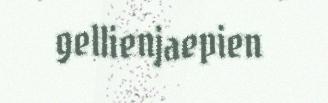
gellienjaepien